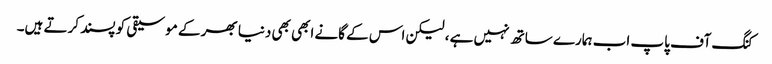
کنگ آف پاپ اب ہمارے ساتھ نہیں ہے ، لیکن اس کے گانے ابھی بھی دنیا بھر کے موسیقی کو پسند کرتے ہیں۔